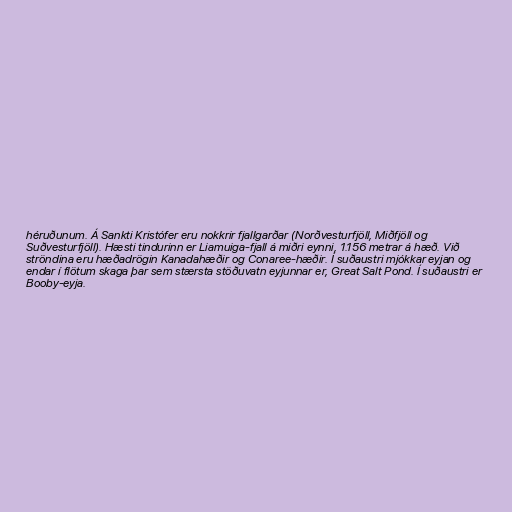
héruðunum. Á Sankti Kristófer eru nokkrir fjallgarðar (Norðvesturfjöll, Miðfjöll og
Suðvesturfjöll). Hæsti tindurinn er Liamuiga-fjall á miðri eynni, 1.156 metrar á hæð. Við
ströndina eru hæðadrögin Kanadahæðir og Conaree-hæðir. Í suðaustri mjókkar eyjan og
endar í flötum skaga þar sem stærsta stöðuvatn eyjunnar er, Great Salt Pond. Í suðaustri er
Booby-eyja.